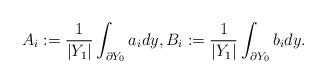
LaTeX: \begin{align*}A_{i}:=\frac{1}{\left|Y_{1}\right|}\int_{\partial Y_0}a_{i}dy,B_{i}:=\frac{1}{\left|Y_{1}\right|}\int_{\partial Y_0}b_{i}dy.\end{align*}